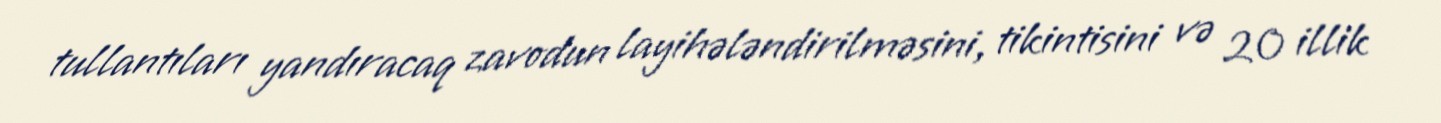
tullantıları yandıracaq zavodun layihələndirilməsini, tikintisini və 20 illik